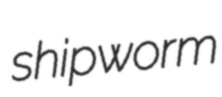
shipworm